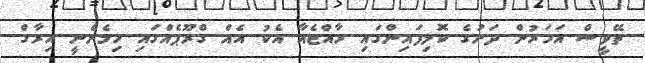
ތޭވީސް އަހަރުން ދަށުގެ ކޮލިފައިންގައި ރާއްޖެއާ އެކު އެއް ގްރޫޕެއްގައި ހިމެނެނީ އިރާގް